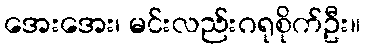
အေးအေး၊ မင်းလည်းဂရုစိုက်ဦး။